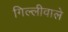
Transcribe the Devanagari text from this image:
गिल्लीवाले